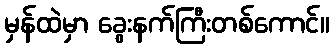
မှန်ထဲမှာ ခွေးနက်ကြီးတစ်ကောင်။